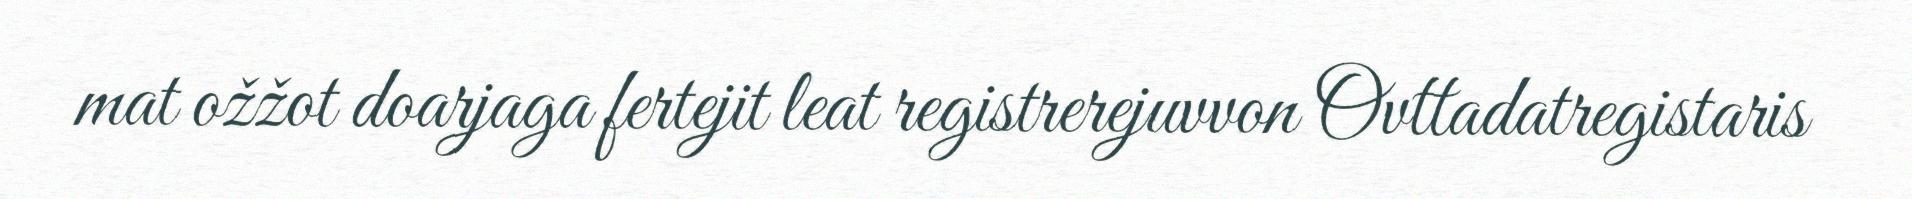
mat ožžot doarjaga fertejit leat registrerejuvvon Ovttadatregistaris